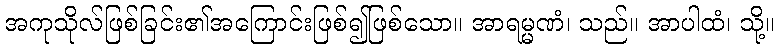
အကုသိုလ်ဖြစ်ခြင်း၏အကြောင်းဖြစ်၍ဖြစ်သော။ အာရမ္မဏံ၊ သည်။ အာပါထံ၊ သို့။